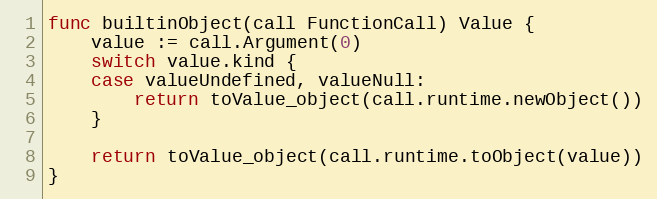
Language: Go
func builtinObject(call FunctionCall) Value {
	value := call.Argument(0)
	switch value.kind {
	case valueUndefined, valueNull:
		return toValue_object(call.runtime.newObject())
	}

	return toValue_object(call.runtime.toObject(value))
}